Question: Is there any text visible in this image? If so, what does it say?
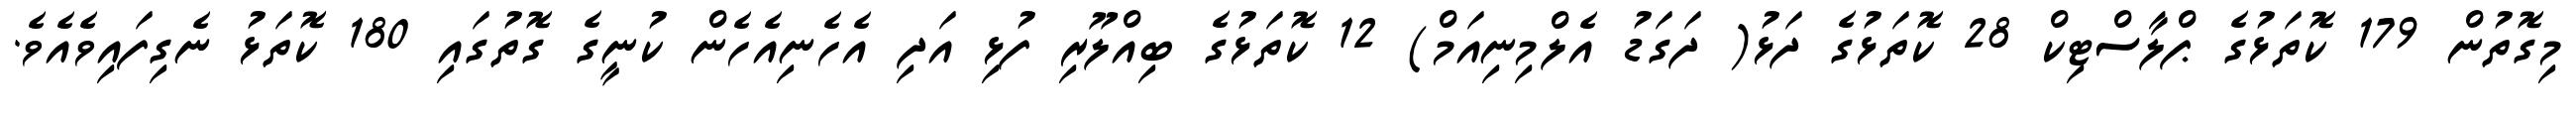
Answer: މިގޮތުން 179 ކޮތަޅުގެ ޕްލާސްޓިކް 28 ކޮތަޅުގެ ދަޅު( ދަގަޑު އެލްމިނިއަމް) 12 ކޮތަޅުގެ ބިއްލޫރި ފުޅި އަދި އެހެނިއެހެން ކުނީގެ ގޮތުގައި 180 ކޮތަޅު ނެގިފައިވެއެވެ.